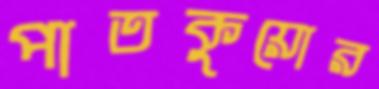
পাতকুয়োর